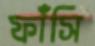
ফাঁসি